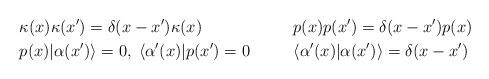
LaTeX: \begin{align*} & \kappa(x)\kappa(x')= \delta(x-x')\kappa(x)&& p(x)p(x')= \delta(x-x')p(x)\\& p(x)|\alpha(x') \rangle =0, \;\langle \alpha'(x)| p(x')=0&& \langle \alpha'(x)| \alpha(x')\rangle= \delta(x-x')\end{align*}